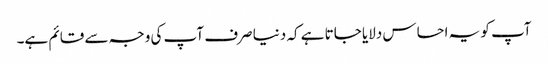
آپ کو یہ احساس دلایا جاتا ہے کہ دنیا صرف آپ کی وجہ سے قائم ہے۔